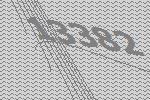
13382